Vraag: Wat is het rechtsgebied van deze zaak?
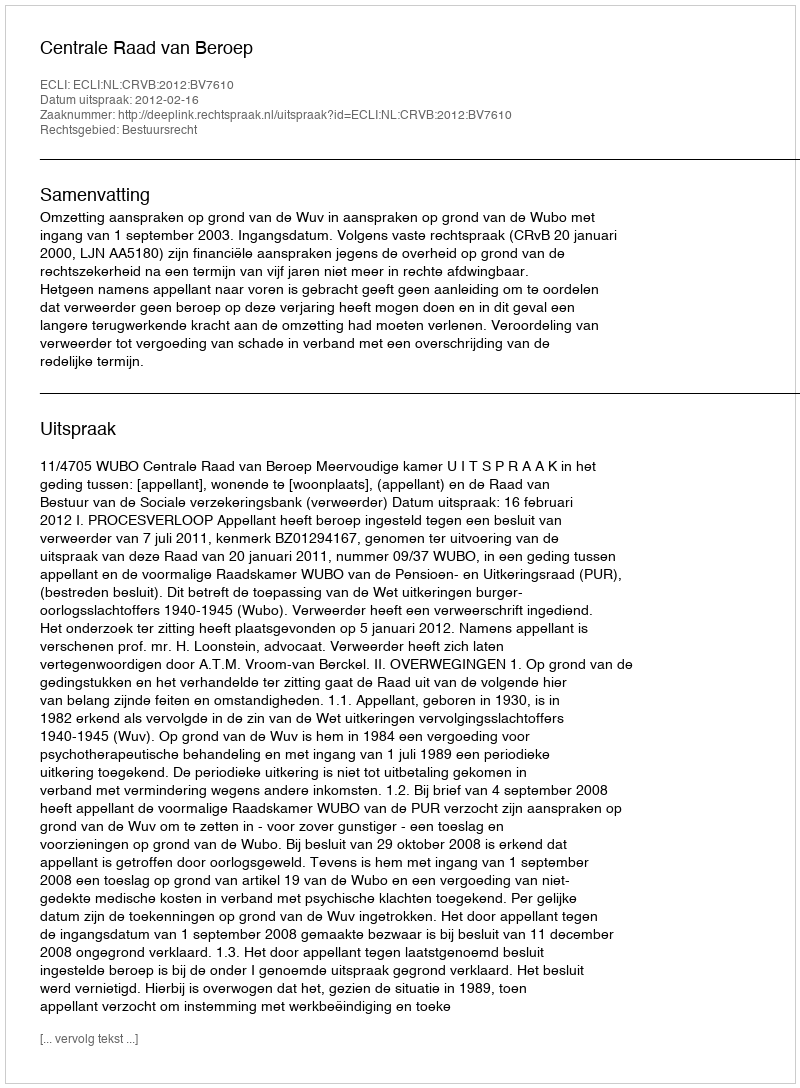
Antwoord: Bestuursrecht